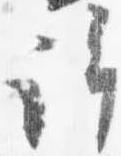
許